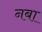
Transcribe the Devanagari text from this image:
नबा